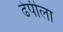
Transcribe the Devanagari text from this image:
ढेपीला